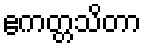
ဧကတ္တသိတာ